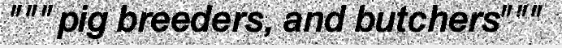
"""pig breeders, and butchers"""